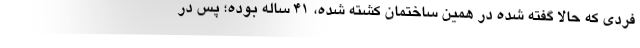
فردی که حالا گفته شده در همین ساختمان کشته شده، ۴۱ ساله بوده؛ پس در